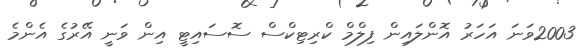
2003ވަނަ އަހަރު އޮންލައިން ފިލްމް ކްރިޓިކްސް ސޮސައިޓީ އިން ވަނީ އޭރުގެ އެންމެ